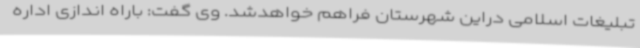
تبلیغات اسلامی دراین شهرستان فراهم خواهدشد. وی گفت: باراه اندازی اداره